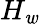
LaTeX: H_{\mathit{w}}